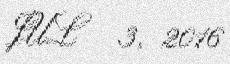
JUL 3, 2016